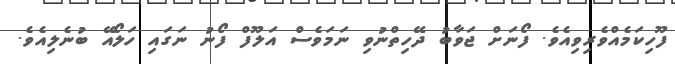
ފޫހިކަމެއްވެރިވިއެވެ. ފޯނަށް ޖަވާބު ދޭހިތްނުވި ނަމަވެސް އަލޫފް ފޯނު ނަގައި ހަލޯއޭ ބުނެލިއެވެ.